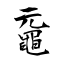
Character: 黿